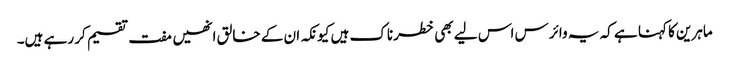
ماہرین کا کہنا ہے کہ یہ وائرس اس لیے بھی خطرناک ہیں کیونکہ ان کے خالق انھیں مفت تقسیم کر رہے ہیں۔